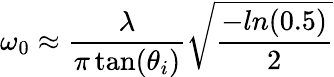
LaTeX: \omega_{0}\approx\frac{\lambda}{\pi\tan(\theta_{i})}\sqrt{\frac{-ln(0.5)}{2}}